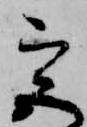
宮